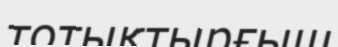
тотықтырғыш